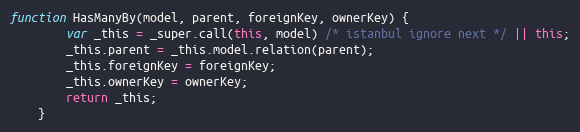
Language: JavaScript
function HasManyBy(model, parent, foreignKey, ownerKey) {
        var _this = _super.call(this, model) /* istanbul ignore next */ || this;
        _this.parent = _this.model.relation(parent);
        _this.foreignKey = foreignKey;
        _this.ownerKey = ownerKey;
        return _this;
    }